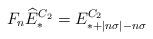
LaTeX: \begin{align*}F_n\widehat{E}^{C_2}_* = E^{C_2}_{*+|n\sigma|-n\sigma}\end{align*}